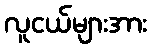
လူငယ်များအား